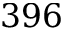
3 9 6